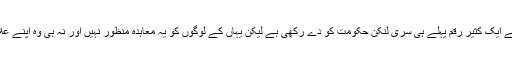
بندر گاہ کی تعمیر کے لیے چین نے ایک کثیر رقم پہلے ہی سری لنکن حکومت کو دے رکھی ہے لیکن یہاں کے لوگوں کو یہ معاہدہ منظور نہیں اور نہ ہی وہ اپنے علاقے سے بے دخل ہونا چاہتے ہیں۔